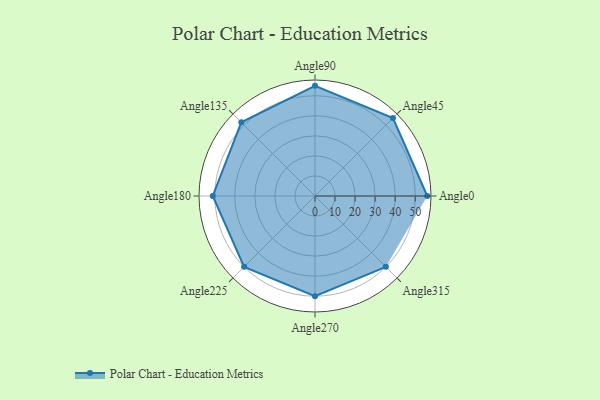
{"axis": {"x": "Angle", "y": "Radius"}, "legend": [""], "data": [{"x": "Angle0", "y": 56.0, "type": ""}, {"x": "Angle45", "y": 55.0, "type": ""}, {"x": "Angle90", "y": 55.0, "type": ""}, {"x": "Angle135", "y": 52.0, "type": ""}, {"x": "Angle180", "y": 51.0, "type": ""}, {"x": "Angle225", "y": 50, "type": ""}, {"x": "Angle270", "y": 50, "type": ""}, {"x": "Angle315", "y": 50, "type": ""}]}